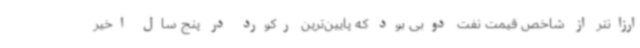
ارزانتر از شاخص قیمت نفت دوبی بود که پایین‌ترین رکورد در پنج سال اخیر